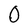
Character: O